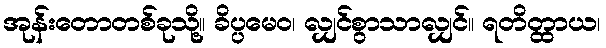
အုန်းတောတစ်ခုသို့။ ခိပ္ပမေဝ၊ လျှင်စွာသာလျှင်။ ရတိတ္ထာယ၊